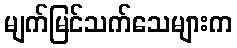
မျက်မြင်သက်သေများက